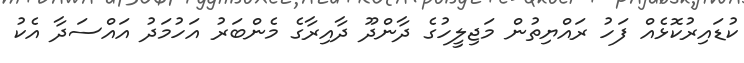
ކުޑައިރުކޮޅެއް ފަހު ރައްޔިތުން މަޖިލީހުގެ ދާންދޫ ދާއިރާގެ މެންބަރު އަހުމަދު އައްސަދާ އެކު